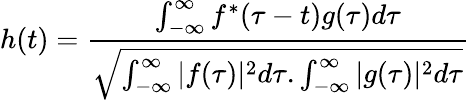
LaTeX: h(t)=\frac{\int_{-\infty}^{\infty}f^{*}(\tau-t)g(\tau)d\tau}{\sqrt{\int_{-\infty}^{\infty}|f(\tau)|^{2}d\tau.\int_{-\infty}^{\infty}|g(\tau)|^{2}d\tau}}